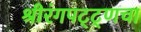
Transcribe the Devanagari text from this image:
श्रीरंगपट्ट्णचा